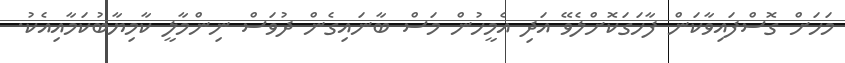
މަހަށް ގޮސްފައިވާކަން ފާހަގަކޮށްލެވޭ އަދި އެމީހުން މަސް ބާނައިގެން ދުވަސް ނިންމާލީ ކާމިޔާބުކަމާއިއެކު.